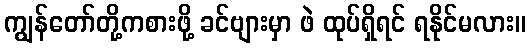
ကျွန်တော်တို့ကစားဖို့ ခင်ဗျားမှာ ဖဲ ထုပ်ရှိရင် ရနိုင်မလား။